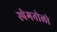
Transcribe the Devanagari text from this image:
स्पेगनोलो